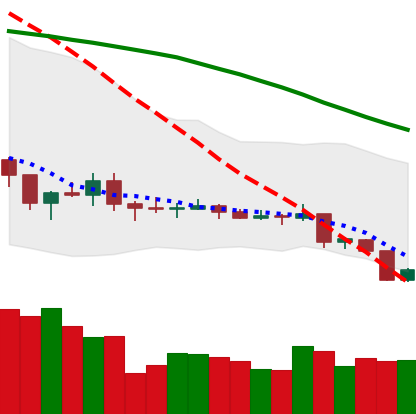
Ticker: XLM-USD
Chart end date: 2019-08-10
Forward return: -4.731%
Label: down_3_5